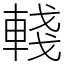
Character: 輚